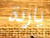
ياردة